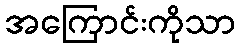
အကြောင်းကိုသာ